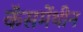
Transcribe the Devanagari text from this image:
कॅसमेंथीन